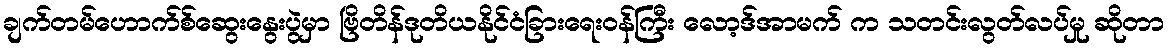
ချက်တမ်ဟောက်စ်ဆွေးနွေးပွဲမှာ ဗြိတိန်ဒုတိယနိုင်ငံခြားရေးဝန်ကြီး လော့ဒ်အာမက် က သတင်းလွတ်လပ်မှု ဆိုတာ